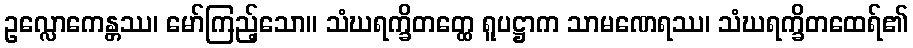
ဥလ္လောကေန္တဿ၊ မော်ကြည့်သော။ သံဃရက္ခိတတ္ထေ ရူပဋ္ဌာက သာမဏေရဿ၊ သံဃရက္ခိတထေရ်၏